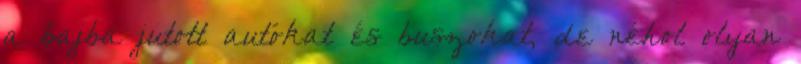
a bajba jutott autókat és buszokat, de néhol olyan